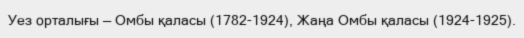
Уез орталығы — Омбы қаласы (1782-1924), Жаңа Омбы қаласы (1924-1925).